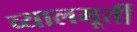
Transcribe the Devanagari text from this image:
व्यालमूर्ती